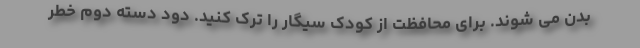
بدن می شوند. برای محافظت از کودک سیگار را ترک کنید. دود دسته دوم خطر